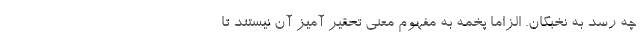
چه رسد به نخبگان. الزاما پخمه به مفهوم معنی تحقیر آمیز آن نیستند تا